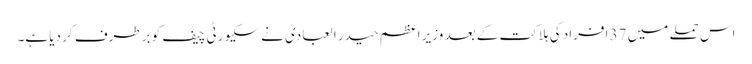
اس حملے میں 37 افراد کی ہلاکت کے بعد وزیر اعظم حیدر ا لعبادی نے سکیورٹی چیف کو برطرف کر دیا ہے۔